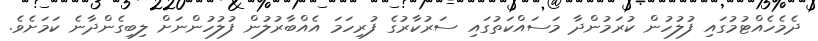
ދެމެހެއްޓުމުގައި ފުލުހުން ކުރަމުންދާ މަސައްކަތުގައި ސަރުކާރުގެ ފުރިހަމަ އެއްބާރުލުން ފުލުހުންނަށް ލިބިގެންދާނެ ކަމަށެވެ.